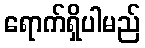
ရောက်ရှိပါမည်